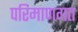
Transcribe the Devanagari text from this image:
परिमाणगत